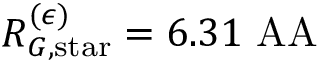
R _ { G , \mathrm { s t a r } } ^ { ( \epsilon ) } = 6 . 3 1 \mathrm { \ A A }